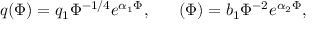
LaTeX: q ( \Phi ) = q _ { 1 } \Phi ^ { - 1 / 4 } e ^ { \alpha _ { 1 } \Phi } , \ \ \ \ \ \b ( \Phi ) = b _ { 1 } \Phi ^ { - 2 } e ^ { \alpha _ { 2 } \Phi } ,